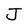
Character: J